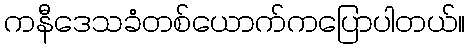
ကနီဒေသခံတစ်ယောက်ကပြောပါတယ်။